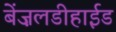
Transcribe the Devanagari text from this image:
बेंज़लडीहाईड